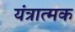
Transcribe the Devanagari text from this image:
यंत्रात्मक